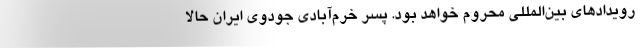
رویدادهای بین‌المللی محروم خواهد بود. پسر خرم‌آبادی جودوی ایران حالا